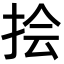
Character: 𪭯